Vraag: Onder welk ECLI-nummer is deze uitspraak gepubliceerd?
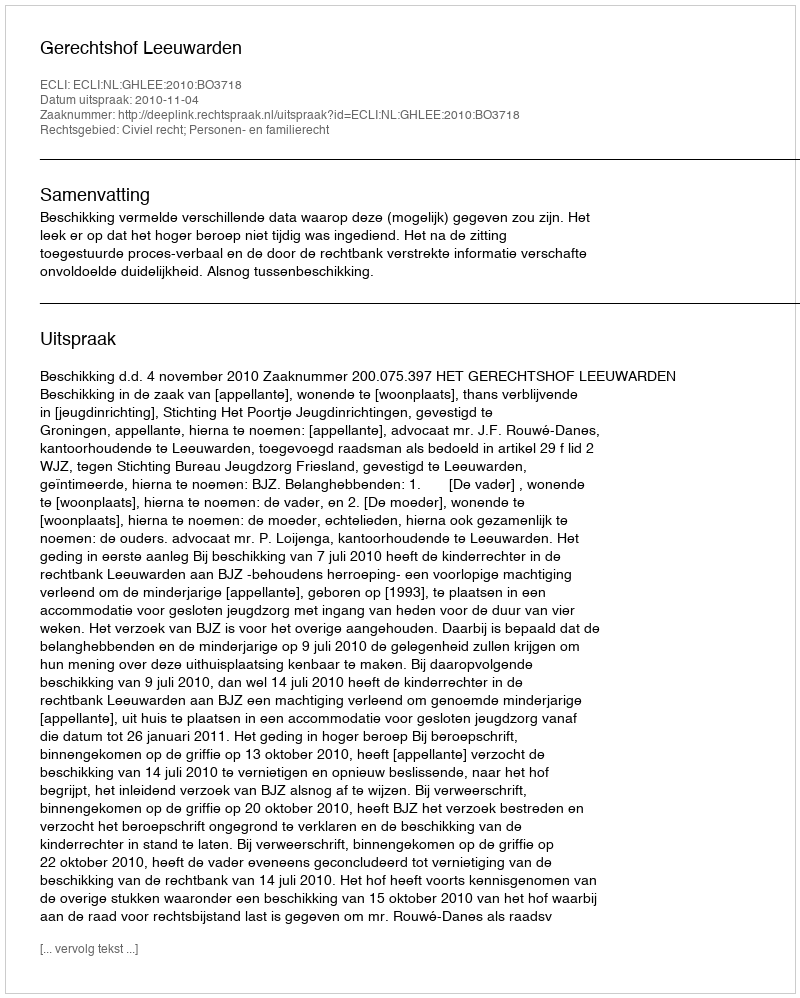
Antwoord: ECLI:NL:GHLEE:2010:BO3718